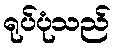
ရုပ်ပုံသည်